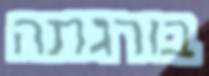
בורגתה